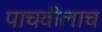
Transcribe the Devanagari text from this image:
पाचवीलाच